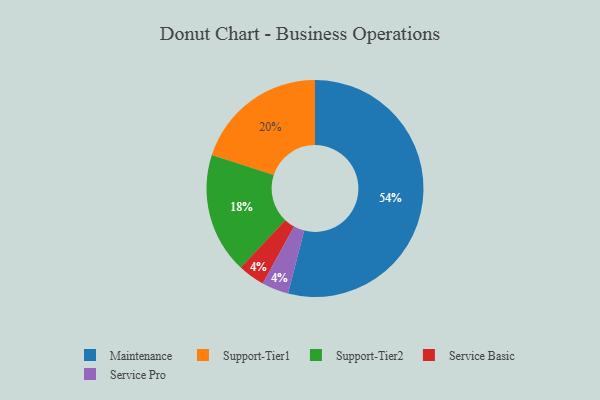
{"axis": {"x": "Category", "y": "Percentage"}, "legend": ["Maintenance", "Service Basic", "Service Pro", "Support-Tier1", "Support-Tier2"], "data": [{"x": "Support-Tier1", "y": 20, "type": "Support-Tier1"}, {"x": "Service Basic", "y": 4, "type": "Service Basic"}, {"x": "Maintenance", "y": 54, "type": "Maintenance"}, {"x": "Service Pro", "y": 4, "type": "Service Pro"}, {"x": "Support-Tier2", "y": 18, "type": "Support-Tier2"}]}